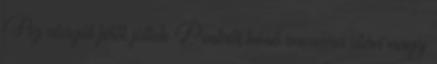
Az alagút felől jöttek Pestről késő vacsora után nagy